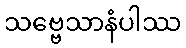
သဗ္ဗေသာနံပါဿ